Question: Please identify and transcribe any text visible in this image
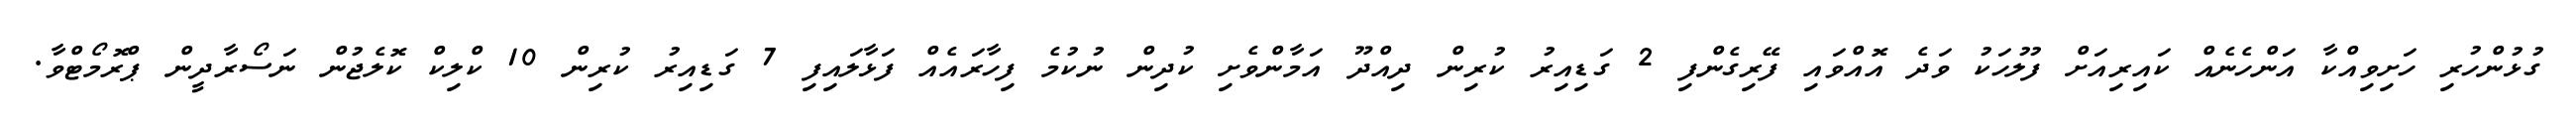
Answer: ގުޅުންހުރި ހަށިވިއްކާ އަންހެނެއް ކައިރިއަށް ފުލުހަކު ވަދެ އޮއްވައި ފޭރިގެންފި 2 ގަޑިއިރު ކުރިން ދިއްދޫ އަމާންވެށި ކުދިން ނުކުމެ ފިހާރައެއް ފަޅާލައިފި 7 ގަޑިއިރު ކުރިން 10 ކްލިކް ކޮލެޖުން ނަސޯރާދީން ޕްރޮމޯޓްވާ.